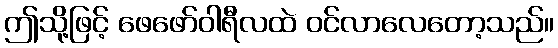
ဤသို့ဖြင့် ဖေဖော်ဝါရီလထဲ ဝင်လာလေတော့သည်။